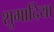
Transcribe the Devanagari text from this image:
शुमादिया